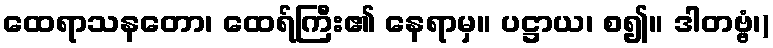
ထေရာသနတော၊ ထေရ်ကြီး၏ နေရာမှ။ ပဋ္ဌာယ၊ စ၍။ ဒါတဗ္ဗံ၊)